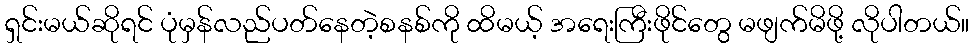
ရှင်းမယ်ဆိုရင် ပုံမှန်လည်ပတ်နေတဲ့စနစ်ကို ထိမယ့် အရေးကြီးဖိုင်တွေ မဖျက်မိဖို့ လိုပါတယ်။